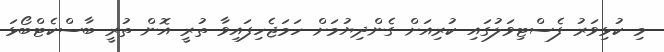
މި ކުޅިވަރު ފެސްޓިވަލުގައި ކުރިއަށް ގެންދިޔުމަށް ހަމަޖެހިފައިވާ ތުރީ އޮން ތުރީ ބާސްކެޓްބޯޅަ